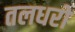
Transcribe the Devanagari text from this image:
तलधरों